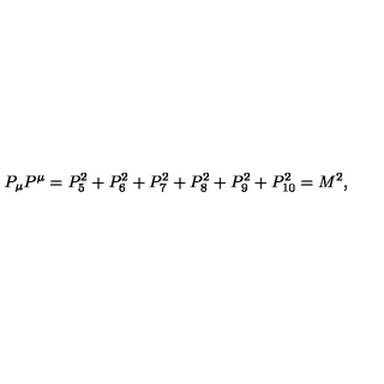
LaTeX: P _ { \mu } P ^ { \mu } = P _ { 5 } ^ { 2 } + P _ { 6 } ^ { 2 } + P _ { 7 } ^ { 2 } + P _ { 8 } ^ { 2 } + P _ { 9 } ^ { 2 } + P _ { 1 0 } ^ { 2 } = M ^ { 2 } ,